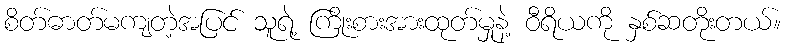
စိတ်ဓာတ်မကျတဲ့အပြင် သူရဲ့ ကြိုးစားအားထုတ်မှုနဲ့ ဝီရိယကို နှစ်ဆတိုးတယ်။